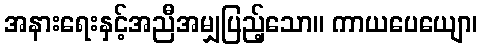
အနားရေးနှင့်အညီအမျှပြည့်သော။ ကာယပေယျော၊